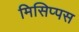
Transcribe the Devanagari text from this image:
मिसिप्पस